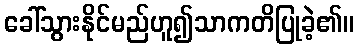
ခေါ်သွားနိုင်မည်ဟူ၍သာကတိပြုခဲ့၏။